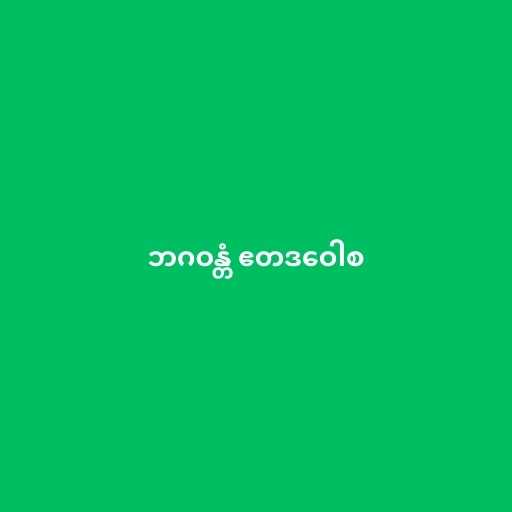
ဘဂဝန္တံ ဧတဒဝေါစ